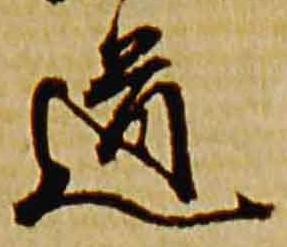
道